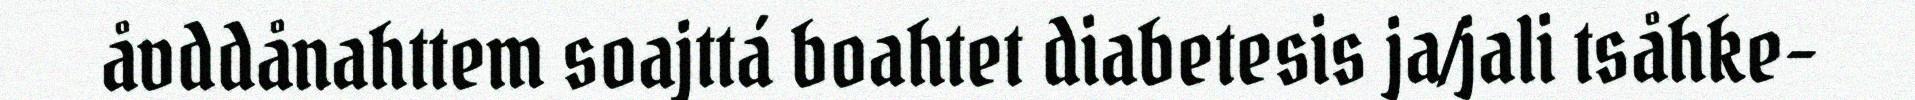
åvddånahttem soajttá boahtet diabetesis ja/jali tsåhke-